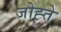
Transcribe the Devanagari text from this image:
जोह्ते